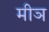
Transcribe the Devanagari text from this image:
मीञ